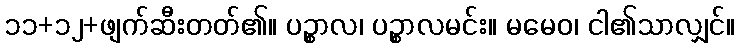
၁၁+၁၂+ဖျက်ဆီးတတ်၏။ ပဉ္စာလ၊ ပဉ္စာလမင်း။ မမေဝ၊ ငါ၏သာလျှင်။